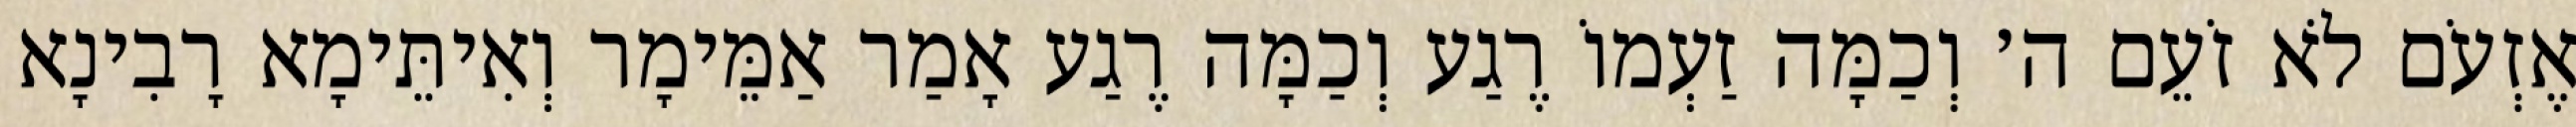
אֶזְעֹם לֹא זֹעֵם ה׳ וְכַמָּה זַעְמוֹ רֶגַע וְכַמָּה רֶגַע אָמַר אַמֵּימָר וְאִיתֵּימָא רָבִינָא